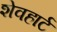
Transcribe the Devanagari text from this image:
शेवहार्ट